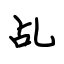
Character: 乩